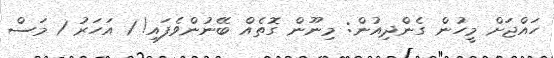
ހައްޖަށް މީހުން ގެންދިއުން: މިނޫން ގޮތެއް ބޭނުންވެފައި! 1 އަހަރު 1 މަސް